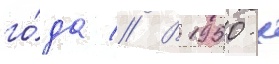
го́да // В 1950-х